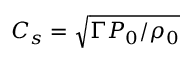
C _ { s } = \sqrt { \Gamma P _ { 0 } / \rho _ { 0 } }